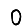
Digit: 0